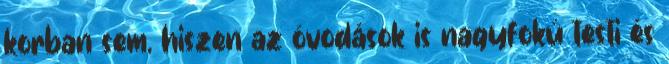
korban sem, hiszen az óvodások is nagyfokú testi és